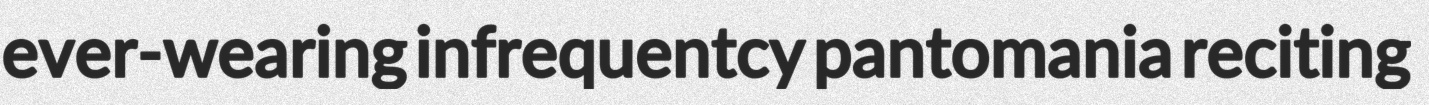
ever-wearing infrequentcy pantomania reciting